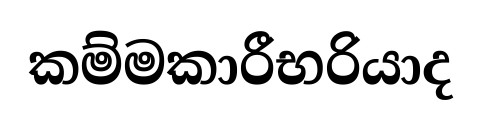
කම්මකාරීභරියාද